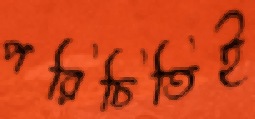
পরিচিতিই